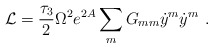
\begin{align*}{\cal L}={\tau_3\over2}\Omega^2 e^{2A}\sum_m G_{mm} {\dot y}^m{\dot y}^m\ .\end{align*}